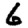
Digit: 6